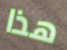
هذا